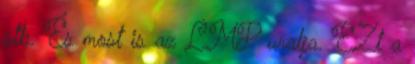
stb. És most is az LMP uralja. EZt a